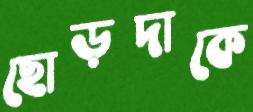
ছোড়দাকে